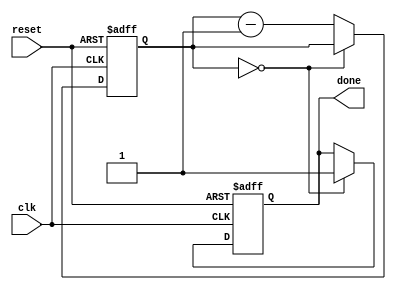
module decremental_for_loop(
    input wire clk,
    input wire reset,
    output reg done
);

reg [7:0] counter;

always @ (posedge clk or posedge reset) begin
    if (reset) begin
        counter <= 8'hFF; // Initialize counter with given value
        done <= 0; // Set done signal to 0
    end else begin
        if (counter == 8'h00) begin // Check if counter has reached end value
            done <= 1; // Set done signal to 1
        end else begin
            counter <= counter - 1; // Decrement counter by specified amount
            // Place loop body functionality here
        end
    end
end

endmodule